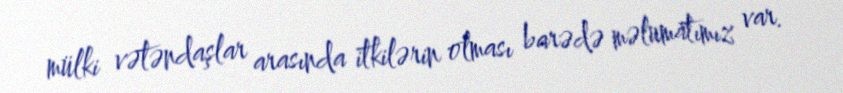
mülki vətəndaşlar arasında itkilərin olması barədə məlumatımız var.